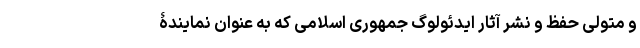
و متولی حفظ و نشر آثار ایدئولوگ جمهوری اسلامی که به عنوان نمایندۀ